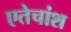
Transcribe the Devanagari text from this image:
एतेचांश